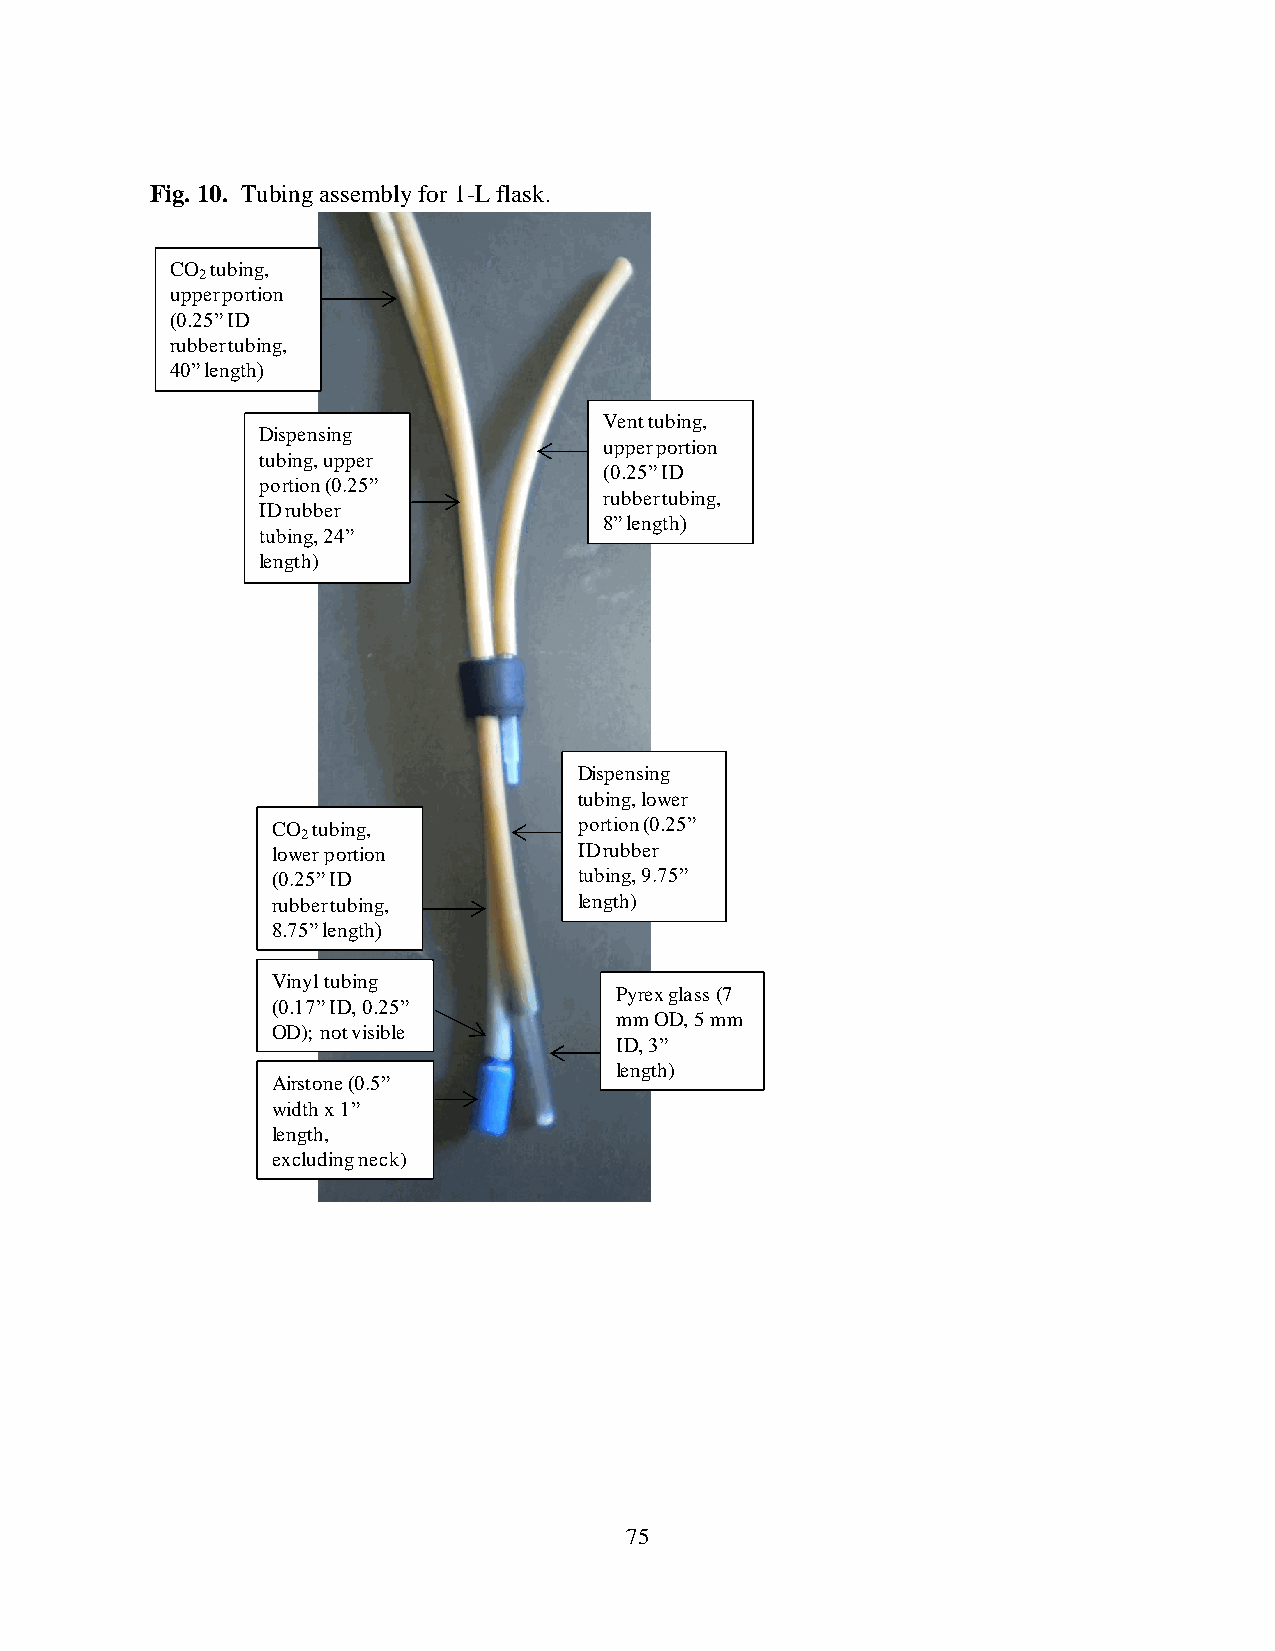
Fig. 10. Tubing assembly for 1-L flask.
 CO tubing,
 2
 upper portion
 (0.25” ID
 rubber tubing,
 40” length)
 Vent tubing,
 Dispensing
 upper portion
 tubing, upper
 (0.25” ID
 portion (0.25”
 rubber tubing,
 ID rubber
 8” length)
 tubing, 24”
 length)
 Dispensing
 tubing, lower
 CO tubing,          portion (0.25”
 2
 lower portion       ID rubber
 (0.25” ID           tubing, 9.75”
 rubber tubing,      length)
 8.75” length)
 Vinyl tubing
 Pyrex glass (7
 (0.17” ID, 0.25”
 mm OD, 5 mm
 OD); not visible
 ID, 3”
 length)
 Airstone(0.5”
 width x 1”
 length,
 excluding neck)
 75